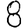
Digit: 8